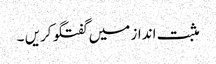
مثبت انداز میں‌ گفتگو کریں ۔